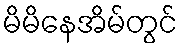
မိမိနေအိမ်တွင်